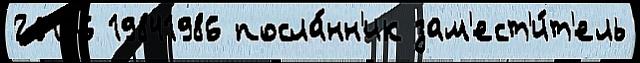
20156 19841986 посла́нн'ик зам'ест'и́т'ель